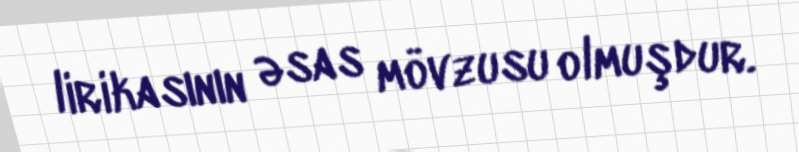
lirikasının əsas mövzusu olmuşdur.